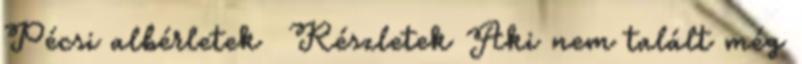
Pécsi albérletek Részletek Aki nem talált még